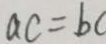
a c = b c